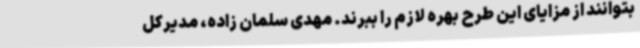
بتوانند از مزایای این طرح بهره لازم را ببرند. مهدی سلمان زاده، مدیرکل